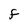
Character: F